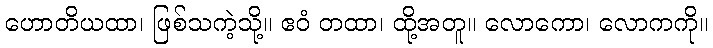
ဟောတိယထာ၊ ဖြစ်သကဲ့သို့။ ဧဝံ တထာ၊ ထို့အတူ။ လောကော၊ လောကကို။